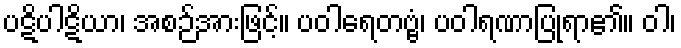
ပဋိပါဋိယာ၊ အစဉ်အားဖြင့်။ ပဝါရေတဗ္ဗံ၊ ပဝါရဏာပြုရာ၏။ ဝါ၊